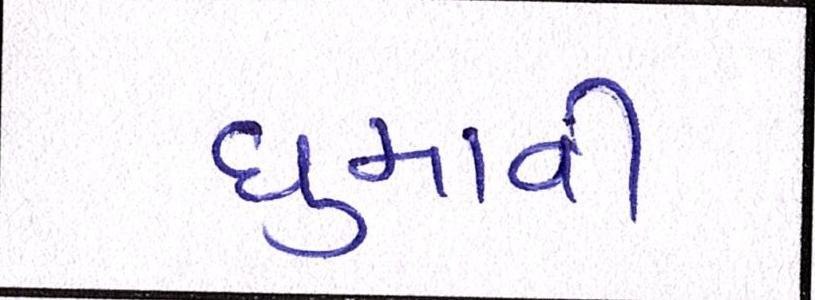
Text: ઘુમાવી